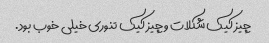
چیز کیک شکلات و چیز کیک تنوری خیلی خوب بود.